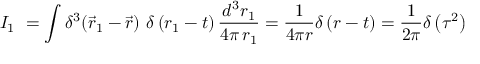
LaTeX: I _ { 1 } \ = \int \delta ^ { 3 } \! \left( { \vec { r } _ { 1 } - \vec { r } } \right) \, \delta \left( r _ { 1 } - t \right) \frac { d ^ { 3 } r _ { 1 } } { 4 \pi \, r _ { 1 } } = \frac { 1 } { 4 \pi r } \delta \left( r - t \right) = \frac { 1 } { 2 \pi } \delta \left( \tau ^ { 2 } \right)